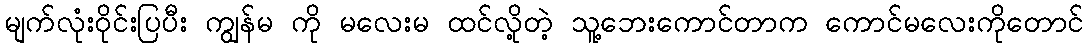
မျက်လုံးဝိုင်းပြပီး ကျွန်မ ကို မလေးမ ထင်လို့တဲ့ သူ့ဘေးကောင်တာက ကောင်မလေးကိုတောင်